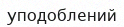
уподоблений